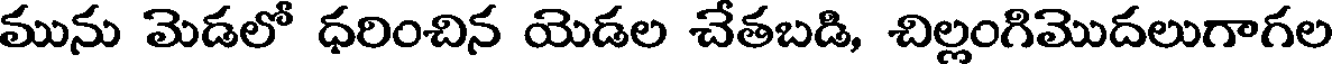
మును మెడలో ధరించిన యెడల చేతబడి, చిల్లంగిమొదలుగాగల